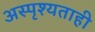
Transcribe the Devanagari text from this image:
अस्पृश्यताही